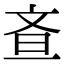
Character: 𭤘